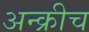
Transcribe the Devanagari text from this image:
अन्क्रीच